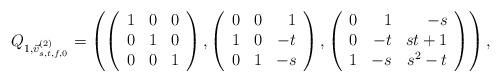
LaTeX: \begin{align*}Q_{1,\vec{v}_{s,t,f,0}^{(2)} }= \left(\left(\begin{array}{rrr}1 & 0 & 0 \\0 & 1 & 0 \\0 & 0 & 1\end{array}\right), \left(\begin{array}{rrr}0 & 0 & 1 \\1 & 0 & -t \\0 & 1 & -s\end{array}\right), \left(\begin{array}{rrr}0 & 1 & -s \\0 & -t & s t + 1 \\1 & -s & s^{2} - t\end{array}\right)\right),\end{align*}